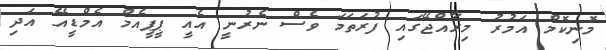
މޮނިކޮމް އަމުރު މިރާއްޖޭގައި ފުރަތަމަ ވެސް ނެރުނީ އެއީ ޕީޕީއެމް އެމްޑީއޭ އަދި